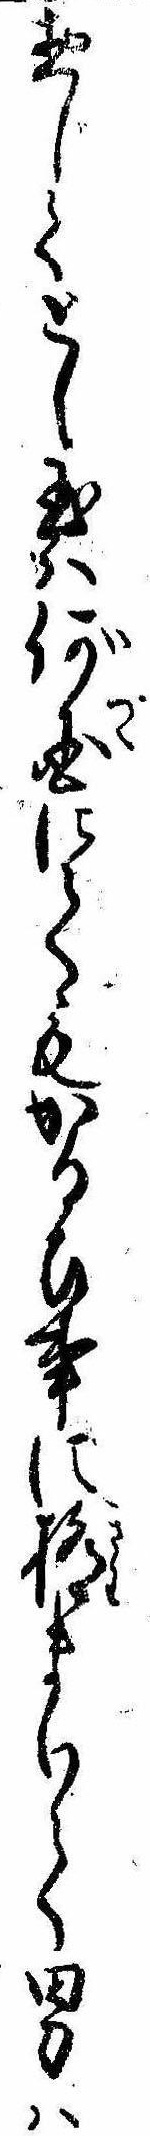
惣じてとし玉は何国にてもかるひ事に極まりて男は